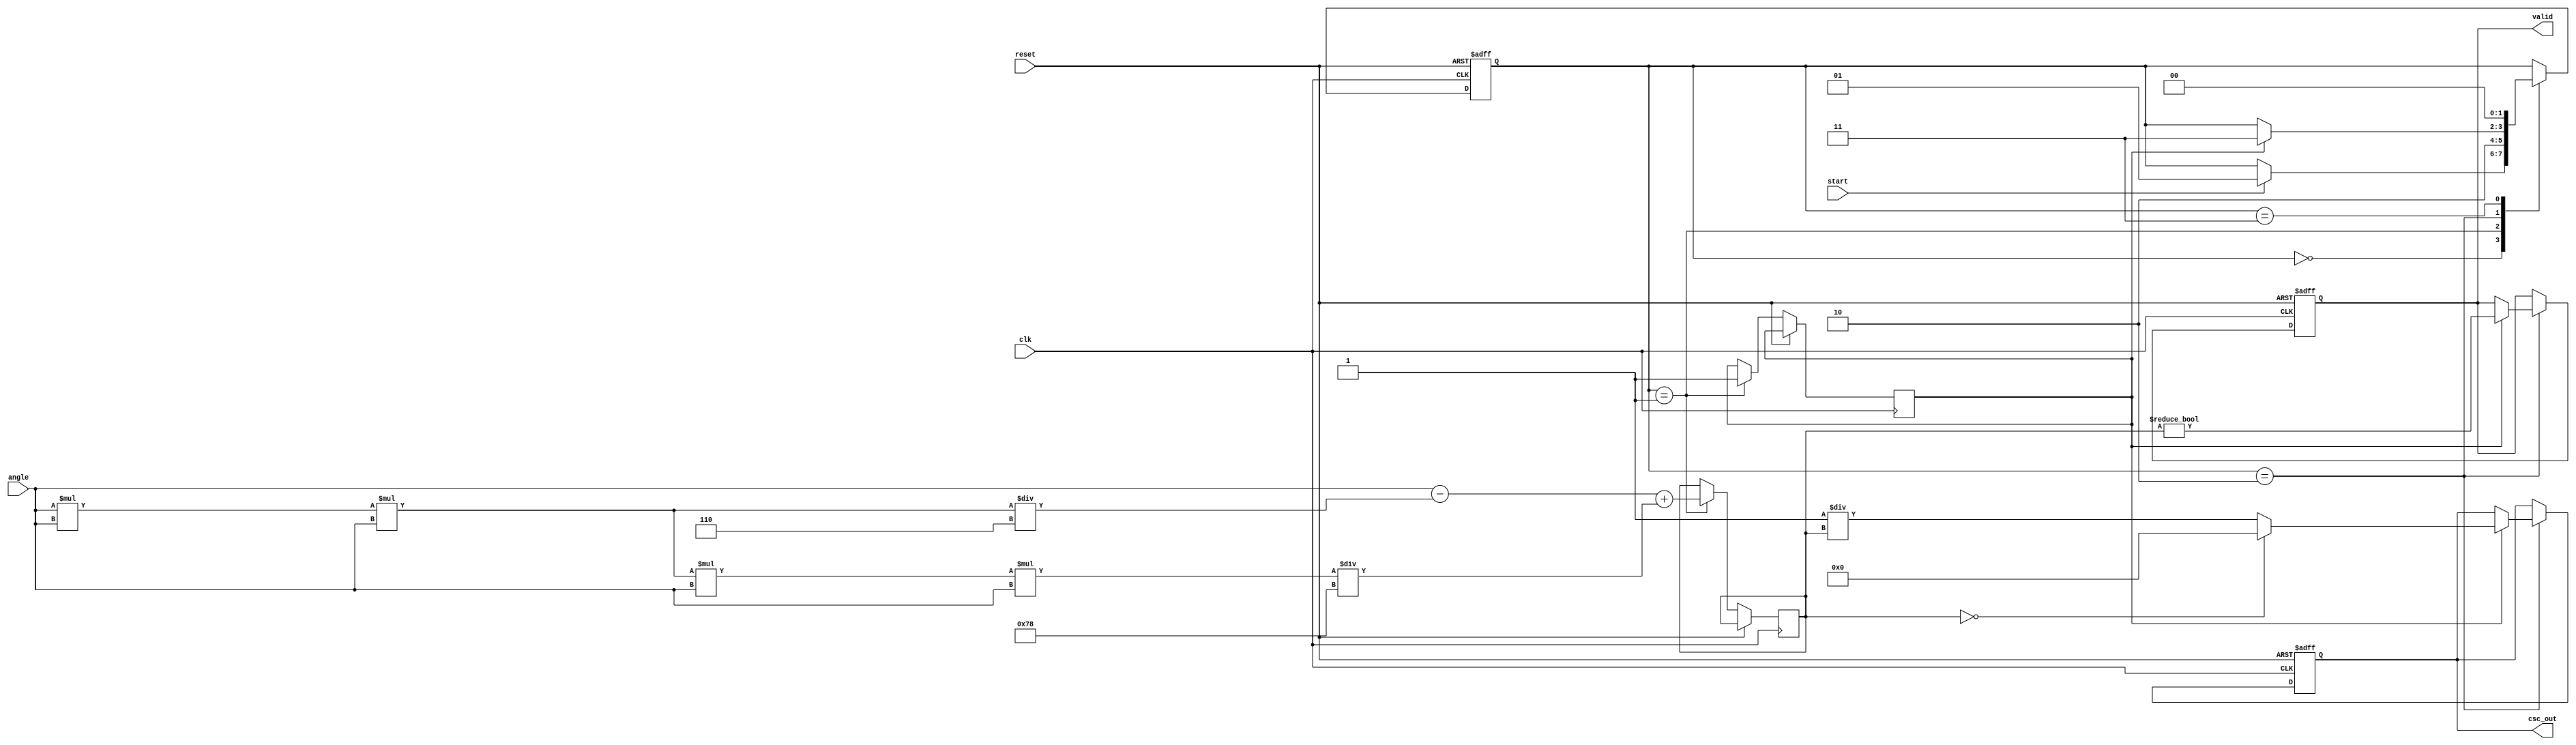
module Cosecant (
    input wire clk,
    input wire reset,
    input wire start,
    input wire [31:0] angle, // Input angle in fixed-point representation (Q-format)
    output reg [31:0] csc_out, // Cosecant output in fixed-point representation
    output reg valid // Valid flag
);

    // Internal signals
    reg [31:0] sine_value;
    reg sine_valid;
    reg [1:0] state;
    
    // State encoding
    localparam IDLE = 2'b00,
               CALC_SINE = 2'b01,
               CALC_CSC = 2'b10,
               OUTPUT = 2'b11;

    // Sine Calculation Block (simplified)
    function [31:0] sine;
        input [31:0] angle;
        begin
            // Taylor series approximation for sine
            // Assuming angle is in radians and in fixed-point Q-format
            // Example: sin(x)  x - x^3/3! + x^5/5! for small x
            sine = angle - (angle * angle * angle) / 32'd6 + (angle * angle * angle * angle * angle) / 32'd120; // Q-format
        end
    endfunction

    // Reciprocal Calculation Block
    function [31:0] reciprocal;
        input [31:0] value;
        begin
            // Check for zero to avoid division by zero
            if (value == 32'd0) begin
                reciprocal = 32'd0; // Return zero or some error code
            end else begin
                reciprocal = 32'd1 / value; // Simple division for reciprocal
            end
        end
    endfunction

    // FSM for control logic
    always @(posedge clk or posedge reset) begin
        if (reset) begin
            state <= IDLE;
            csc_out <= 32'd0;
            valid <= 1'b0;
        end else begin
            case (state)
                IDLE: begin
                    if (start) begin
                        state <= CALC_SINE;
                    end
                end
                
                CALC_SINE: begin
                    sine_value <= sine(angle);
                    sine_valid <= 1'b1; // Assume sine calculation is valid
                    state <= CALC_CSC;
                end
                
                CALC_CSC: begin
                    if (sine_valid) begin
                        csc_out <= reciprocal(sine_value);
                        valid <= (sine_value != 32'd0); // Set valid flag if sine is not zero
                        state <= OUTPUT;
                    end
                end
                
                OUTPUT: begin
                    // Output logic can be added here if needed
                    state <= IDLE; // Go back to IDLE
                end
                
                default: state <= IDLE; // Safety case
            endcase
        end
    end

endmodule